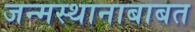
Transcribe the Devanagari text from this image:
जन्मस्थानाबाबत